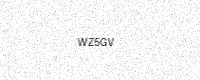
Text: WZ5GV